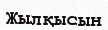
Жылқысын